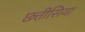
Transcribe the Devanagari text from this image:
छत्तीसिया